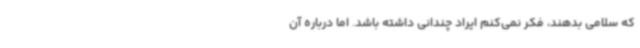
که سلامی بدهند، فکر نمی‌کنم ایراد چندانی داشته باشد. اما درباره آن